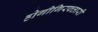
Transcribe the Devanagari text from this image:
होगीगिरफ्तारी